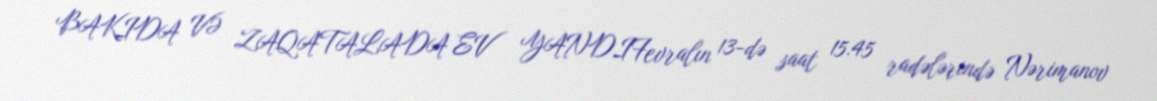
BAKIDA VƏ ZAQATALADA EV YANDIFevralın 13-də saat 15.45 radələrində Nərimanov